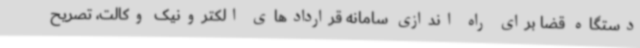
دستگاه قضا برای راه اندازی سامانه قراردادهای الکترونیک وکالت، تصریح